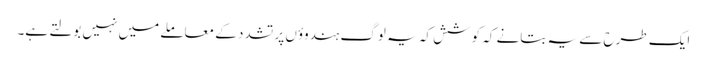
ایک طرح سے یہ بتانے کہ کوشش کہ یہ لوگ ہندوؤں پر تشدد کے معاملے میں نہیں بولتے ہے۔